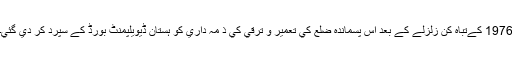
1976 کےتباہ کُن زلزلے کے بعد اس پسماندہ ضلع کي تعمير و ترقي کي ذ مہ داري کو ہستان ڈيويلپمنٹ بورڈ کے سپرد کر دي گئي۔